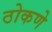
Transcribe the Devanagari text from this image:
ठोकणे